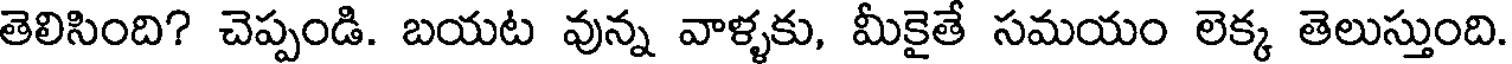
తెలిసింది? చెప్పండి. బయట వున్న వాళ్ళకు, మీకైతే సమయం లెక్క తెలుస్తుంది